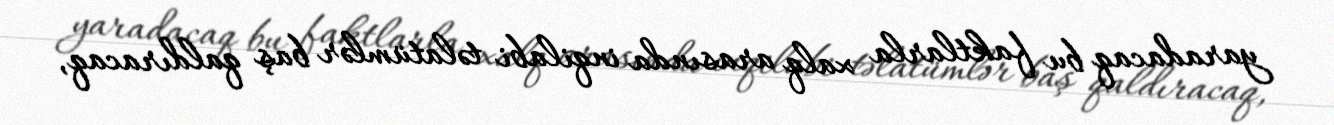
yaradacaq bu faktlarla xalq arasında inqilabi təlatümlər baş qaldıracaq,